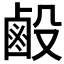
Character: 𪉘